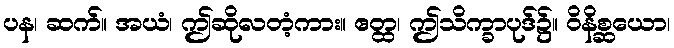
ပန၊ ဆက်။ အယံ၊ ဤဆိုလတံ့ကား။ ဧတ္ထ၊ ဤသိက္ခာပုဒ်၌။ ဝိနိစ္ဆယော၊